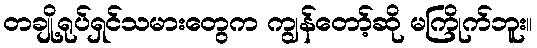
တချို့ရုပ်ရှင်သမားတွေက ကျွန်တော့်ဆို မကြိုက်ဘူး။